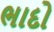
ભાદો